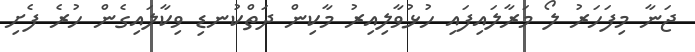
ޖަނާ މިފަހަރު ލޯ މަރާލައިފައި ހުޅުވާލިއިރު މާކިން ދަތްކުނޑި ވިކާލައިގެން ހުރެ ފެށި